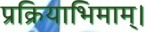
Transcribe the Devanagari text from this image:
प्रक्रियाभिमाम्।